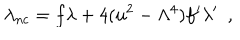
\lambda _ { n c } = f \lambda + 4 ( u ^ { 2 } - \Lambda ^ { 4 } ) f ^ { \prime } \lambda ^ { \prime } \ \ ,